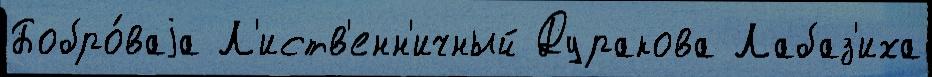
Бобро́ваjа Л'иств'енн'ичный Дуракова Лабаз'иха